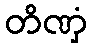
တိဏှံ